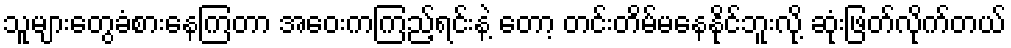
သူများတွေခံစားနေကြတာ အဝေးကကြည့်ရင်းနဲ့ တော့ တင်းတိမ်မနေနိုင်ဘူးလို့ ဆုံးဖြတ်လိုက်တယ်